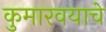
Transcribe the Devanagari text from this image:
कुमारवयाचे